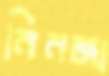
নিনজা